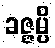
ခဇ္ဇမ္ပိ